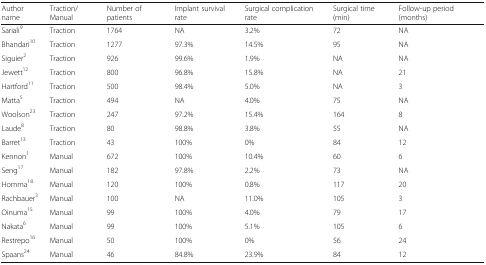
| Author name | Traction/Manual | Number of patients | Implant survival rate | Surgical complication rate | Surgical time (min) | Follow-up period (months) |
 | --- | --- | --- | --- | --- | --- | --- |
 | Sariali9 | Traction | 1764 | NA | 3.2% | 72 | NA |
 | Bhandari10 | Traction | 1277 | 97.3% | 14.5% | 95 | NA |
 | Siguier2 | Traction | 926 | 99.6% | 1.9% | NA | NA |
 | Jewett12 | Traction | 800 | 96.8% | 15.8% | NA | 21 |
 | Hartford11 | Traction | 500 | 98.4% | 5.0% | NA | 3 |
 | Matta5 | Traction | 494 | NA | 4.0% | 75 | NA |
 | Woolson23 | Traction | 247 | 97.2% | 15.4% | 164 | 8 |
 | Laude8 | Traction | 80 | 98.8% | 3.8% | 55 | NA |
 | Barret13 | Traction | 43 | 100% | 0% | 84 | 12 |
 | Kennon1 | Manual | 672 | 100% | 10.4% | 60 | 6 |
 | Seng17 | Manual | 182 | 97.8% | 2.2% | 73 | NA |
 | Homma18 | Manual | 120 | 100% | 0.8% | 117 | 20 |
 | Rachbauer3 | Manual | 100 | NA | 11.0% | 105 | 3 |
 | Oinuma15 | Manual | 99 | 100% | 4.0% | 79 | 17 |
 | Nakata6 | Manual | 99 | 100% | 5.1% | 105 | 6 |
 | Restrepo16 | Manual | 50 | 100% | 0% | 56 | 24 |
 | Spaans24 | Manual | 46 | 84.8% | 23.9% | 84 | 12 |